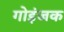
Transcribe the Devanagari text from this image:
गोइंजक